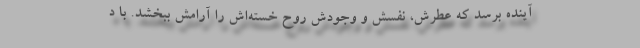
آینده برسد که عطرش، نفسش و وجودش روح خسته‌اش را آرامش ببخشد. با د